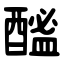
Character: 䤉